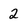
Character: 2